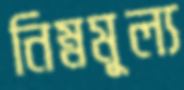
নিম্নমূল্য